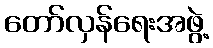
တော်လှန်ရေးအဖွဲ့